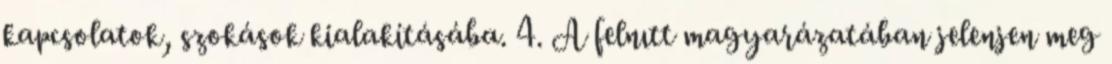
kapcsolatok, szokások kialakításába. 4. A felnıtt magyarázatában jelenjen meg